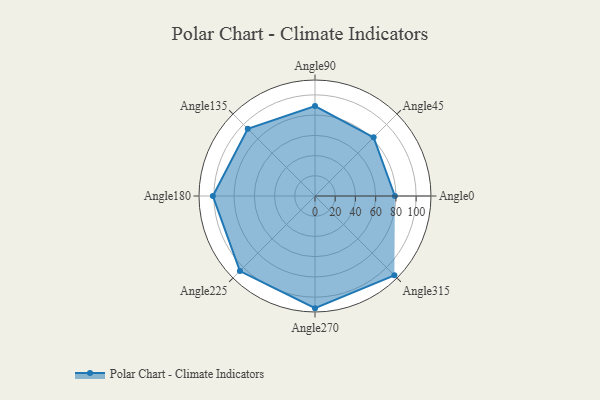
{"axis": {"x": "Angle", "y": "Radius"}, "legend": [""], "data": [{"x": "Angle0", "y": 79.0, "type": ""}, {"x": "Angle45", "y": 82.0, "type": ""}, {"x": "Angle90", "y": 89.0, "type": ""}, {"x": "Angle135", "y": 94.0, "type": ""}, {"x": "Angle180", "y": 101.0, "type": ""}, {"x": "Angle225", "y": 105.0, "type": ""}, {"x": "Angle270", "y": 111.0, "type": ""}, {"x": "Angle315", "y": 111.0, "type": ""}]}